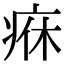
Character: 㾋